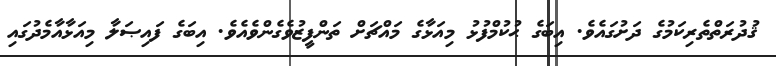
ޤުދުރަތްތެރިކަމުގެ ދަށުގައެވެ. އިބަގެ ޙުކުމްފުޅު މިއަޅާގެ މައްޗަށް ތަންފީޒުވެގެންވެއެވެ. އިބަގެ ފައިޞަލާ މިއަޅާއާމެދުގައި